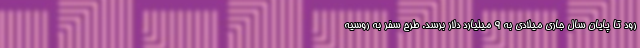
رود تا پایان سال جاری میلادی به ۹ میلیارد دلار برسد. طرح سفر به روسیه